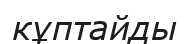
кұптайды